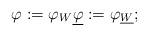
LaTeX: \begin{align*}\varphi:=\varphi_W \underline{\varphi}:=\varphi_{\underline{W}};\end{align*}